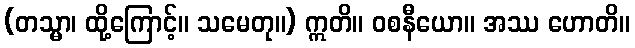
(တသ္မာ၊ ထို့ကြောင့်။ သမေတု။) ဣတိ။ ဝစနီယော။ အဿ ဟောတိ။